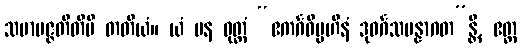
သမာပဇ္ဇတီတိပိ တတိယံ။ ယံ ပန ဝုတ္တံ “ဧကင်္ဂဝိပ္ပဟီနံ ဒုဝင်္ဂသမန္နာဂတ”န္တိ, ဧတ္ထ